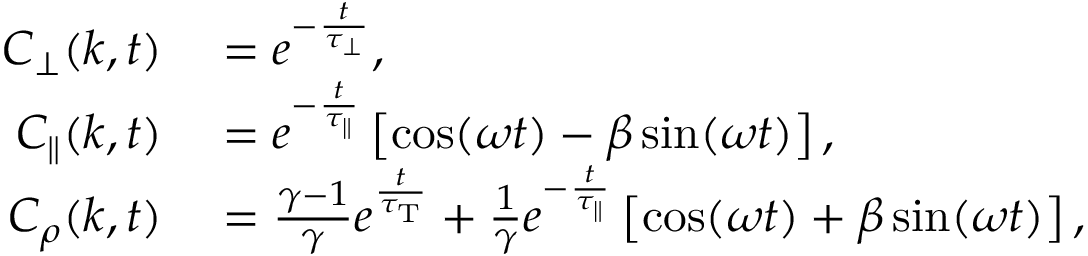
\begin{array} { r l } { C _ { \perp } ( k , t ) } & { { } = e ^ { - \frac { t } { \tau _ { \perp } } } , } \\ { C _ { \parallel } ( k , t ) } & { { } = e ^ { - \frac { t } { \tau _ { \parallel } } } \left[ \cos ( \omega t ) - \beta \sin ( \omega t ) \right] , } \\ { C _ { \rho } ( k , t ) } & { { } = \frac { \gamma - 1 } { \gamma } e ^ { \frac { t } { \tau _ { \mathrm { T } } } } + \frac { 1 } { \gamma } e ^ { - \frac { t } { \tau _ { \parallel } } } \left[ \cos ( \omega t ) + \beta \sin ( \omega t ) \right] , } \end{array}